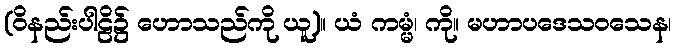
(ဝိနည်းပါဠိ၌ ဟောသည်ကို ယူ)။ ယံ ကမ္မံ၊ ကို။ မဟာပဒေသဝသေန၊